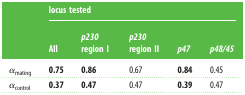
<table><thead><tr><td rowspan="2"></td><td colspan="5"><b>locus tested</b></td></tr><tr><td><b>All</b></td><td><b><i>p230</i> region I</b></td><td><b><i>p230</i> region II</b></td><td><b><i>p47</i></b></td><td><b><i>p48/45</i></b></td></tr></thead><tbody><tr><td><i>α</i><sub>mating</sub></td><td><b>0.75</b></td><td><b>0.86</b></td><td>0.67</td><td><b>0.84</b></td><td>0.45</td></tr><tr><td><i>α</i><sub>control</sub></td><td><b>0.37</b></td><td><b>0.47</b></td><td>0.47</td><td><b>0.39</b></td><td>0.47</td></tr></tbody></table>